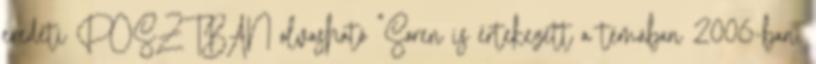
eredeti POSZTBAN olvasható "Soren is értekezett a témában 2006-ban.